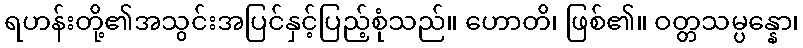
ရဟန်းတို့၏အသွင်းအပြင်နှင့်ပြည့်စုံသည်။ ဟောတိ၊ ဖြစ်၏။ ဝတ္တသမ္ပန္နော၊